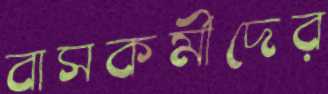
বাসকর্মীদের